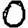
Digit: 0